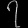
Digit: ၇